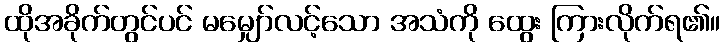
ထိုအခိုက်တွင်ပင် မမျှော်လင့်သော အသံကို ထွေး ကြားလိုက်ရ၏။